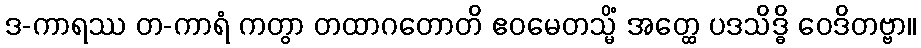
ဒ-ကာရဿ တ-ကာရံ ကတွာ တထာဂတောတိ ဧဝမေတသ္မိံ အတ္ထေ ပဒသိဒ္ဓိ ဝေဒိတဗ္ဗာ။